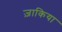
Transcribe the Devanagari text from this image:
ज़ाकिया